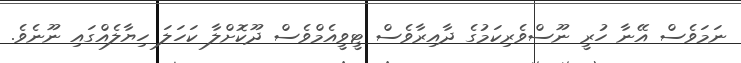
ނަމަވެސް އޭނާ ހުރީ ނޫސްވެރިކަމުގެ ދާއިރާވެސް ޓީވީއެމްވެސް ދޫކޮށްލާ ކަހަލަ ހިޔާލެއްގައި ނޫނެވެ.